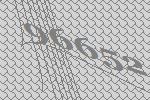
96652